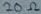
Text: 20Ω